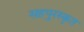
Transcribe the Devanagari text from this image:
सहपुरस्कृत